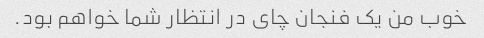
خوب من یک فنجان چای در انتظار شما خواهم بود.